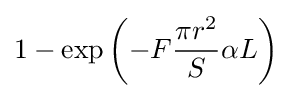
1-\exp \left(-F{\frac {\pi r^{2}}{S}}\alpha L\right)